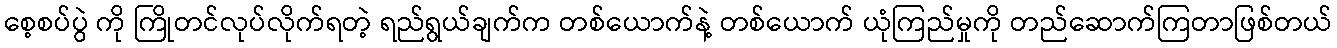
စေ့စပ်ပွဲ ကို ကြိုတင်လုပ်လိုက်ရတဲ့ ရည်ရွယ်ချက်က တစ်ယောက်နဲ့ တစ်ယောက် ယုံကြည်မှုကို တည်ဆောက်ကြတာဖြစ်တယ်